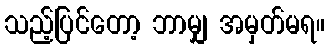
သည့်ပြင်တော့ ဘာမျှ အမှတ်မရ။